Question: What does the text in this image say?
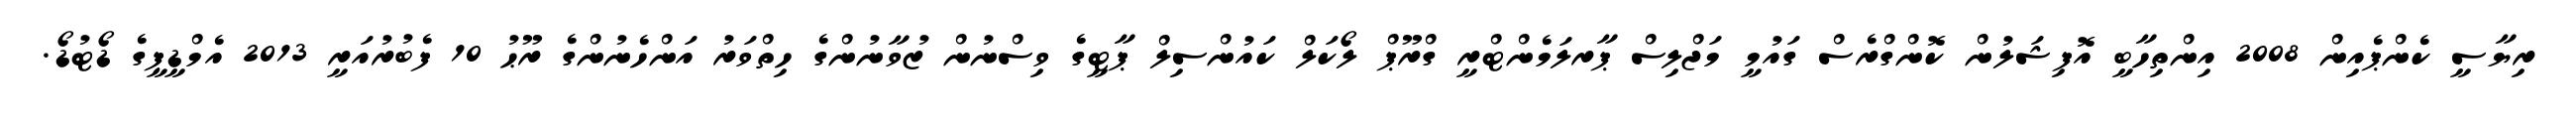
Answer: ރިޔާސީ ކެންޕެއިން 2008 އިންތިހާބީ އޮފިޝަލުން ކޮންގްރެސް ގައުމީ މަޖްލިސް ޕާރލަމެންޓްރީ ގްރޫޕް ލޯކަލް ކައުންސިލް ޕާޓީގެ ވިސްނުން ޒުވާނުންގެ ހިތްވަރު އަންހެނުންގެ ރޫޙު 10 ފެބުރުއަރީ 2013 އެމްޑީޕީގެ ޑޯޓުޑޯ.